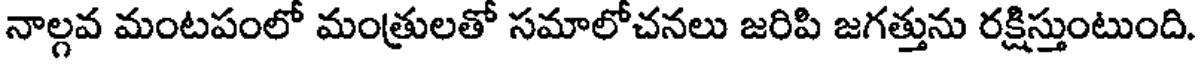
నాల్గవ మంటపంలో మంత్రులతో సమాలోచనలు జరిపి జగత్తును రక్షిస్తుంటుంది.